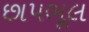
છાપભૂલ